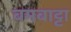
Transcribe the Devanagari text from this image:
बमबाट्टा